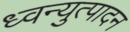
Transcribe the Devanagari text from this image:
ध्वन्युत्पादन